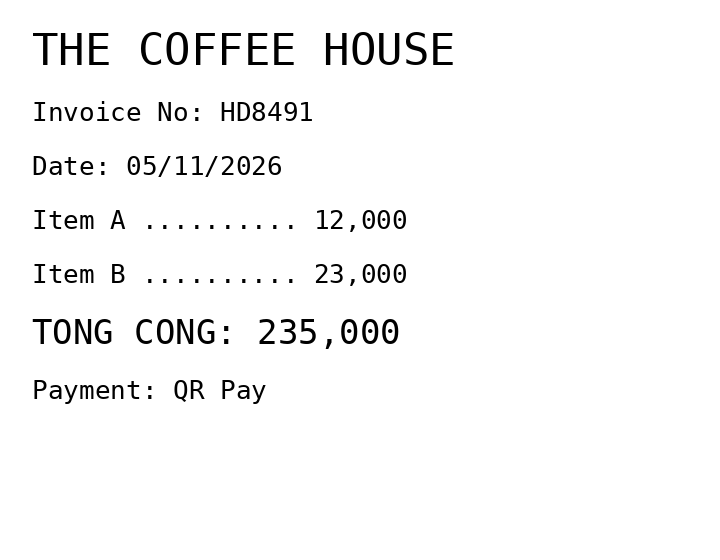
THE COFFEE HOUSE
Invoice No: HD8491
Date: 05/11/2026
Item A .......... 12,000
Item B .......... 23,000
TONG CONG: 235,000
Payment: QR Pay
Merchant: the coffee house
Date: 2026-11-05
Total: 235000
Invoice No: HD8491
Payment method: QR